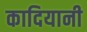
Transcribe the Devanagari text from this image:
कादियानी